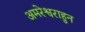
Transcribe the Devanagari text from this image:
अमरेश्वराहुन